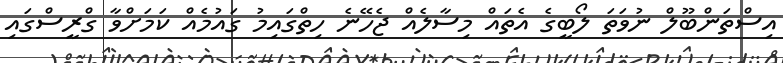
އިސްތަންބޫލް ނުވަތަ ލޯބީގެ އެތައް މިސާލެއް ޖެހޭނެ ހިތްގައިމު ގައުމެއް ކަމަށްވާ ގްރީސްގައި